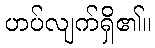
ဟပ်လျက်ရှိ၏။